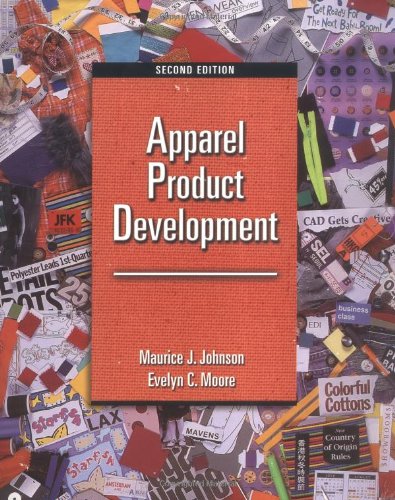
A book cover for Apparel Product Development, 2nd Edition; Maurice J. Johnson; Business & Money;